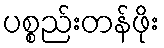
ပစ္စည်းတန်ဖိုး